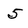
Character: 5